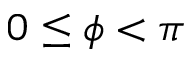
0 \le \phi < \pi